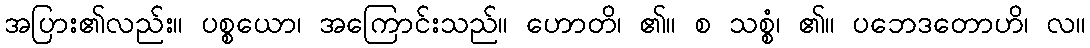
အပြား၏လည်း။ ပစ္စယော၊ အကြောင်းသည်။ ဟောတိ၊ ၏။ စ သစ္စံ၊ ၏။ ပဘေဒတောဟိ၊ လ။